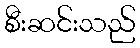
စီးဆင်းသည်